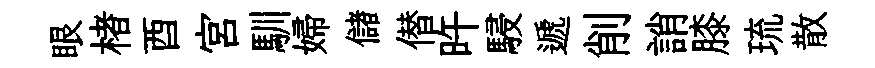
眼楮酉宫馴婦儲僣旿駸遞削誚膝琉散